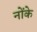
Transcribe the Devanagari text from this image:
नोंके